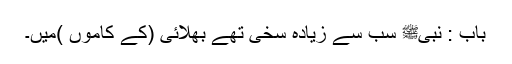
باب : نبیﷺ سب سے زیادہ سخی تھے بھلائی (کے کاموں )میں۔